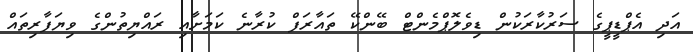
އަދި އެޕްޑީޕީގެ ސަރުކާރަކުން ޑިވެލޮޕްމެންޓް ބޭންކޭ ތައާރަފް ކުރާނެ ކަމަށާއި ރައްޔިތުންގެ ވިޔަފާރިތައް